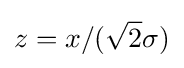
z=x/({\sqrt {2}}\sigma )